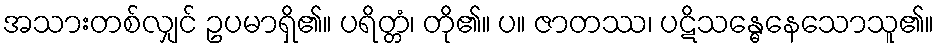
အသားတစ်လျှင် ဥပမာရှိ၏။ ပရိတ္တံ၊ တို၏။ ပ။ ဇာတဿ၊ ပဋိသန္ဓေနေသောသူ၏။